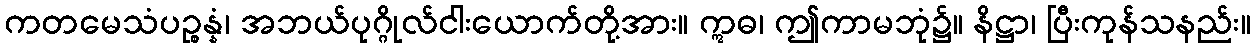
ကတမေသံပဉ္စန္နံ၊ အဘယ်ပုဂ္ဂိုလ်ငါးယောက်တို့အား။ ဣဓ၊ ဤကာမဘုံ၌။ နိဋ္ဌာ၊ ပြီးကုန်သနည်း။